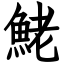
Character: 鮱